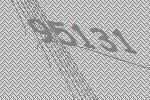
95131